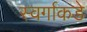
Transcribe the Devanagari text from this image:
स्वर्गाकडे